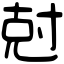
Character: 尅